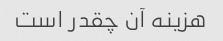
هزینه آن چقدر است